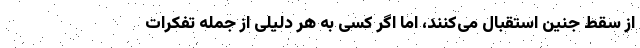
از سقط جنین استقبال می‌کنند، اما اگر کسی به هر دلیلی از جمله تفکرات